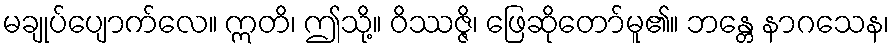
မချုပ်ပျောက်လေ။ ဣတိ၊ ဤသို့။ ဝိဿဇ္ဇိ၊ ဖြေဆိုတော်မူ၏။ ဘန္တေ နာဂသေန၊